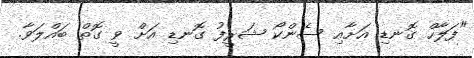
"ފަލާހް ގޮނޑި އަށާއި ސެންކޯ ޝަރީފު ގޮނޑި އަށް ވީ ގޮތް ބައްލަވާ.